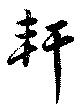
軒